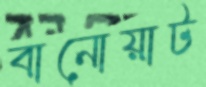
বানোয়াট